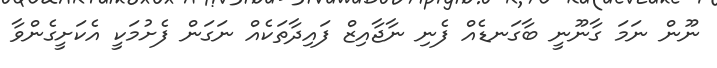
ނޫން ނަމަ ގާނޫނީ ބާގަނޑެއް ފެނި ނާޖާއިޒް ފައިދާތަކެއް ނަގަން ފެށުމަކީ އެކަށީގެންވާ